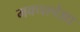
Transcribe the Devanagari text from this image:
मक्यापेक्षा